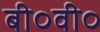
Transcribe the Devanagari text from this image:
बी०वी०